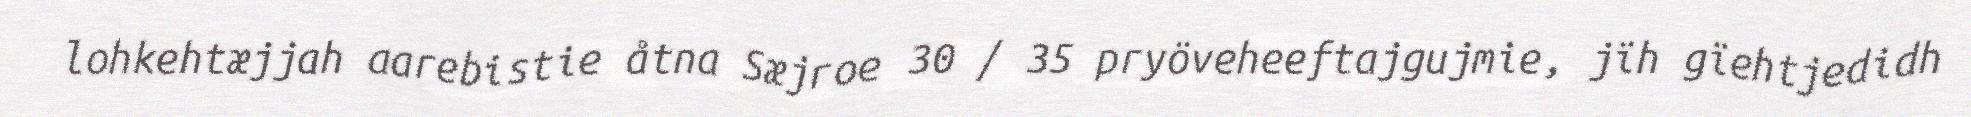
lohkehtæjjah aarebistie åtna Sæjroe 30 / 35 pryöveheeftajgujmie, jïh gïehtjedidh